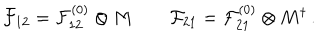
{ \cal F } _ { 1 2 } = { \cal F } _ { 1 2 } ^ { ( 0 ) } \otimes M \qquad { \cal F } _ { 2 1 } = { \cal F } _ { 2 1 } ^ { ( 0 ) } \otimes M ^ { \dagger } \, .